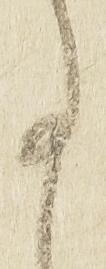
事